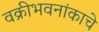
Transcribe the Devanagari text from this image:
वक्रीभवनांकाचे